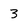
Character: 3